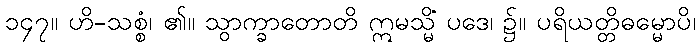
၁၄၇။ ဟိ-သစ္စံ၊ ၏။ သွာက္ခာတောတိ ဣမသ္မိံ ပဒေ၊ ၌။ ပရိယတ္တိဓမ္မောပိ၊